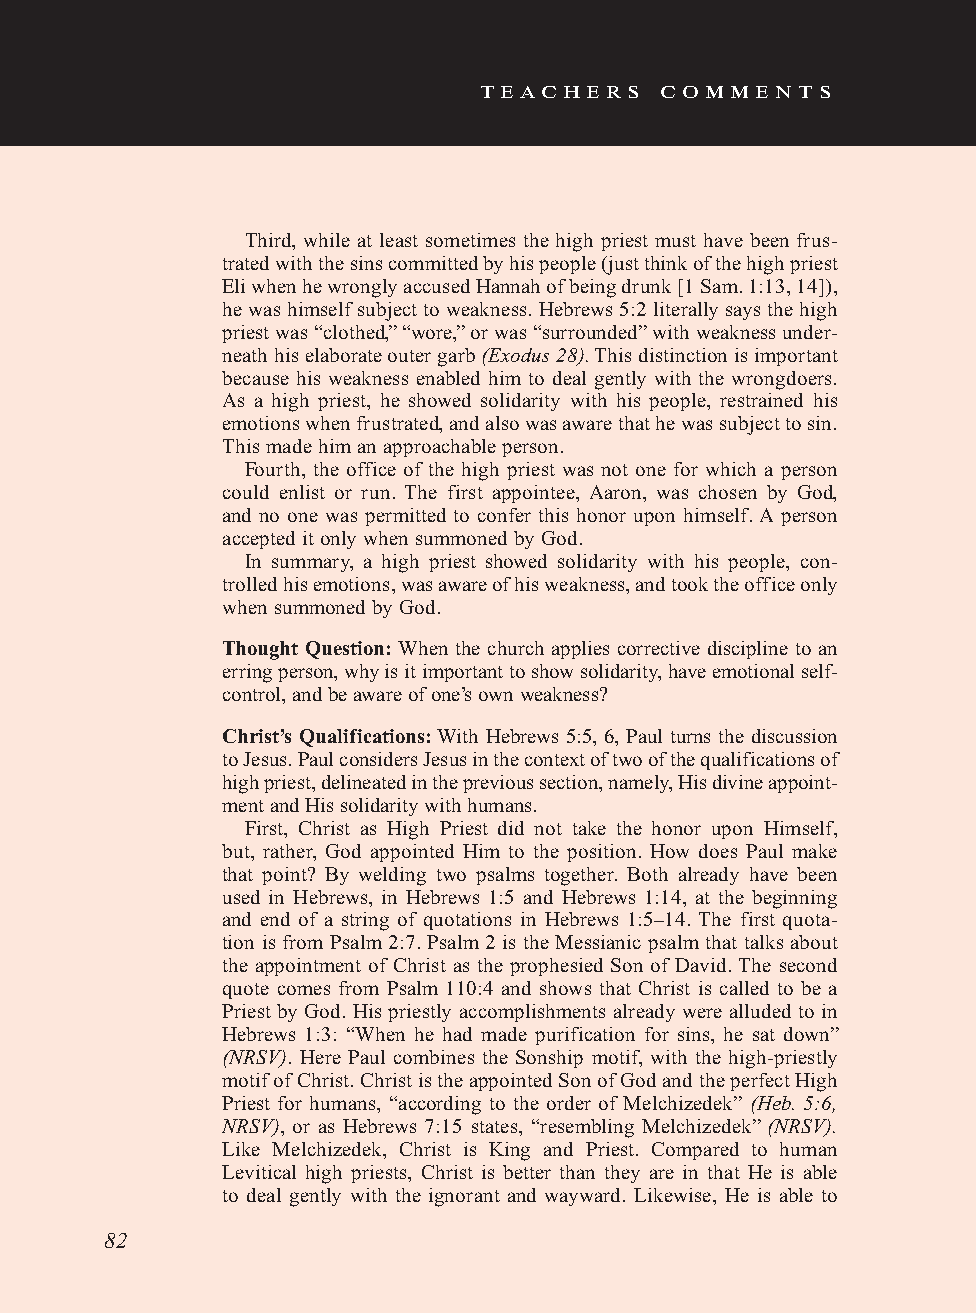
teachers    comments
 Third, while at least sometimes the high priest must have been frus-
 trated with the sins committed by his people (just think of the high priest
 Eli when he wrongly accused Hannah of being drunk [1 Sam. 1:13, 14]),
 he was himself subject to weakness. Hebrews 5:2 literally says the high
 priest was “clothed,” “wore,” or was “surrounded” with weakness under-
 neath his elaborate outer garb (Exodus 28). This distinction is important
 because his weakness enabled him to deal gently with the wrongdoers.
 As a high priest, he showed solidarity with his people, restrained his
 emotions when frustrated, and also was aware that he was subject to sin.
 This made him an approachable person.
 Fourth, the office of the high priest was not one for which a person
 could enlist or run. The first appointee, Aaron, was chosen by God,
 and no one was permitted to confer this honor upon himself. A person
 accepted it only when summoned by God.
 In summary, a high priest showed solidarity with his people, con-
 trolled his emotions, was aware of his weakness, and took the office only
 when summoned by God.
 Thought Question: When the church applies corrective discipline to an
 erring person, why is it important to show solidarity, have emotional self-
 control, and be aware of one’s own weakness?
 Christ’s Qualifications: With Hebrews 5:5, 6, Paul turns the discussion
 to Jesus. Paul considers Jesus in the context of two of the qualifications of
 high priest, delineated in the previous section, namely, His divine appoint-
 ment and His solidarity with humans.
 First, Christ as High Priest did not take the honor upon Himself,
 but, rather, God appointed Him to the position. How does Paul make
 that point? By welding two psalms together. Both already have been
 used in Hebrews, in Hebrews 1:5 and Hebrews 1:14, at the beginning
 and end of a string of quotations in Hebrews 1:5–14. The first quota-
 tion is from Psalm 2:7. Psalm 2 is the Messianic psalm that talks about
 the appointment of Christ as the prophesied Son of David. The second
 quote comes from Psalm 110:4 and shows that Christ is called to be a
 Priest by God. His priestly accomplishments already were alluded to in
 Hebrews 1:3: “When he had made purification for sins, he sat down”
 (NRSV). Here Paul combines the Sonship motif, with the high-priestly
 motif of Christ. Christ is the appointed Son of God and the perfect High
 Priest for humans, “according to the order of Melchizedek” (Heb. 5:6,
 NRSV), or as Hebrews 7:15 states, “resembling Melchizedek” (NRSV).
 Like Melchizedek, Christ is King and Priest. Compared to human
 Levitical high priests, Christ is better than they are in that He is able
 to deal gently with the ignorant and wayward. Likewise, He is able to
 82